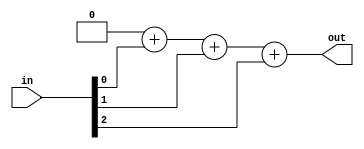
//2022_10_31 kerong
//3-bit population count
module top_module( 
    input [2:0] in,
    output [1:0] out );
reg [1:0] cnt;

integer x;
always @(*) begin
    cnt = 2'd0;
    for(x=0;x<=2;x=x+1)begin
        cnt = cnt + in[x];
    end
end

assign out = cnt;

endmodule